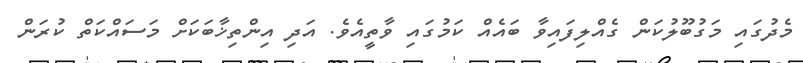
މެދުގައި މަގުބޫލުކަން ގެއްލިފައިވާ ބައެއް ކަމުގައި ވާތީއެވެ. އަދި އިންތިޚާބަކަށް މަސައްކަތް ކުރަން